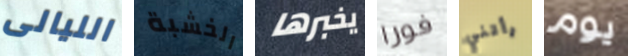
الليالى الخشبة يخبرها فورا رأتني يوم